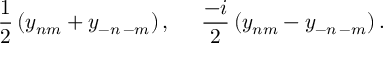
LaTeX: \frac { 1 } { 2 } \left( y _ { n m } + y _ { - n \, - m } \right) , \; \; \; \; \; \frac { - i } { 2 } \left( y _ { n m } - y _ { - n \, - m } \right) .